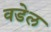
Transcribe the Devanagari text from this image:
वडेल